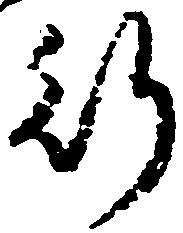
行